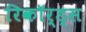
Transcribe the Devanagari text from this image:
रिकॉर्ड्स